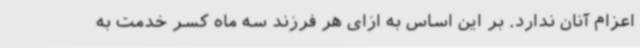
اعزام آنان ندارد. بر این اساس به ازای هر فرزند سه ماه کسر خدمت به